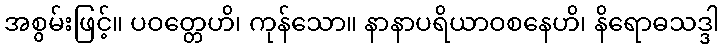
အစွမ်းဖြင့်။ ပဝတ္တေဟိ၊ ကုန်သော။ နာနာပရိယာဝစနေဟိ၊ နိရောဓသဒ္ဒါ